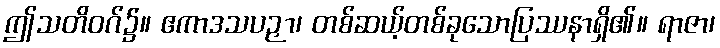
ဤသတိဝဂ်၌။ ဧကာဒသပဉှာ၊ တစ်ဆယ့်တစ်ခုသောပြဿနာရှိ၏။ ရာဇာ၊